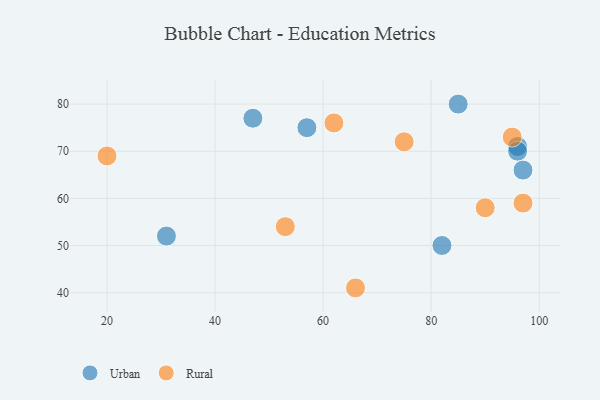
{"axis": {"x": "GDP", "y": "Life Expectancy"}, "legend": ["Rural", "Urban"], "data": [{"x": "96", "y": 71, "type": "Urban"}, {"x": "82", "y": 50, "type": "Urban"}, {"x": "47", "y": 77, "type": "Urban"}, {"x": "57", "y": 75, "type": "Urban"}, {"x": "96", "y": 70, "type": "Urban"}, {"x": "85", "y": 80, "type": "Urban"}, {"x": "31", "y": 52, "type": "Urban"}, {"x": "97", "y": 66, "type": "Urban"}, {"x": "90", "y": 58, "type": "Rural"}, {"x": "20", "y": 69, "type": "Rural"}, {"x": "53", "y": 54, "type": "Rural"}, {"x": "66", "y": 41, "type": "Rural"}, {"x": "97", "y": 59, "type": "Rural"}, {"x": "62", "y": 76, "type": "Rural"}, {"x": "95", "y": 73, "type": "Rural"}, {"x": "75", "y": 72, "type": "Rural"}]}